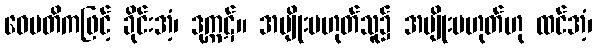
ဝေမတိကဖြင့် ခိုင်းအံ့၊ ဒုက္ကဋ်။ အမျိုးမဟုတ်သူ၌ အမျိုးမဟုတ်ဟု ထင်အံ့၊